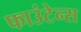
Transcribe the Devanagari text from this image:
फाउंटेन्स